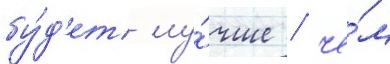
бу́д'ет лу́чше / че́м